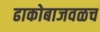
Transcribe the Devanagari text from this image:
ढाकोबाजवळच